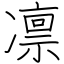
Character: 凛